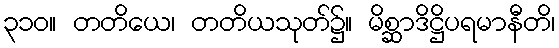
၃၁၀။ တတိယေ၊ တတိယသုတ်၌။ မိစ္ဆာဒိဋ္ဌိပရမာနီတိ၊